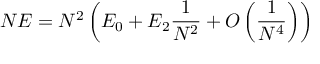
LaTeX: N E = N ^ { 2 } \left( E _ { 0 } + E _ { 2 } \frac { 1 } { N ^ { 2 } } + O \left( \frac { 1 } { N ^ { 4 } } \right) \right)